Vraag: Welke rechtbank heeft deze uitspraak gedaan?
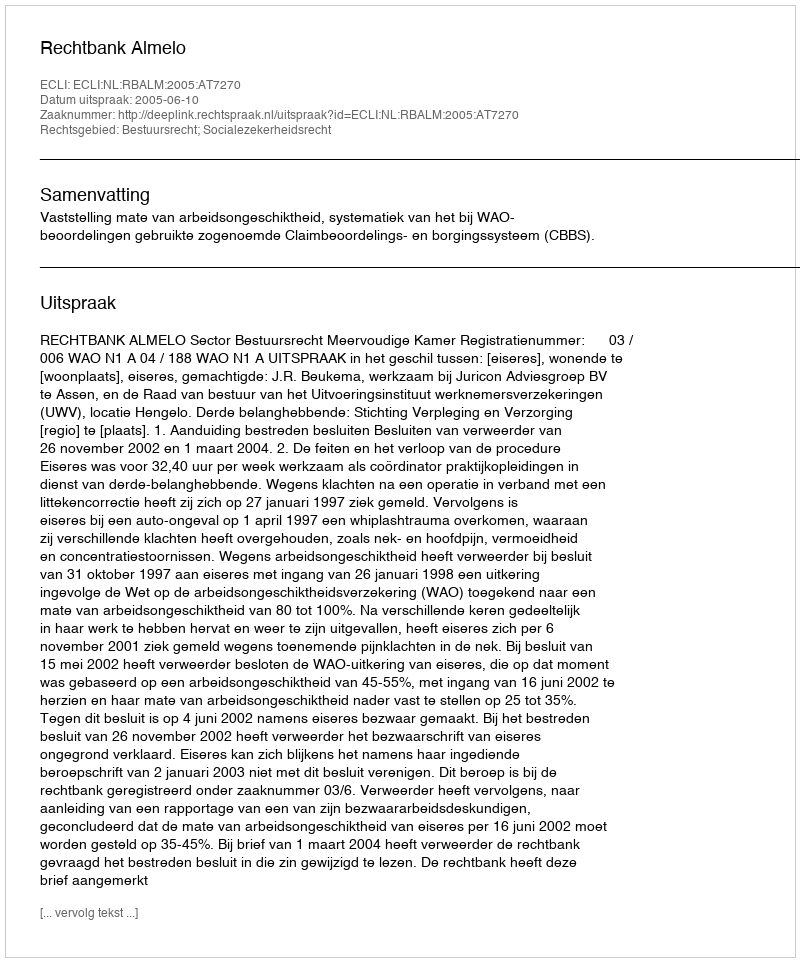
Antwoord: Rechtbank Almelo